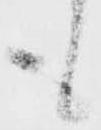
も